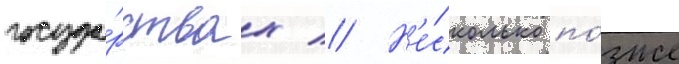
госуда́рствах // Н'е́сколько по́зже